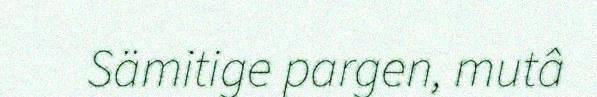
Sämitige pargen, mutâ